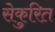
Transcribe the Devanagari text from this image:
सेकुरित